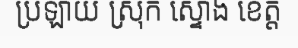
ប្រឡាយ ស្រុក ស្ទោង ខេត្ត